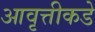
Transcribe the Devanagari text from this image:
आवृत्तीकडे